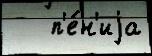
   п'е́н'иjа